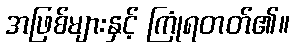
အဖြစ်များနှင့် ကြုံရတတ်၏။